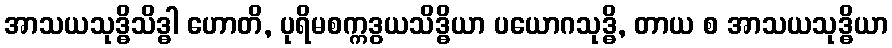
အာသယသုဒ္ဓိသိဒ္ဓါ ဟောတိ, ပုရိမစက္ကဒွယသိဒ္ဓိယာ ပယောဂသုဒ္ဓိ, တာယ စ အာသယသုဒ္ဓိယာ